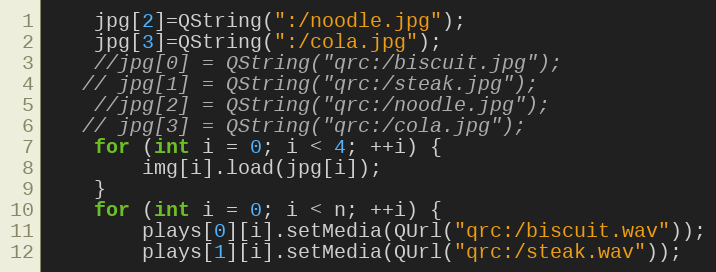
Language: C++
    jpg[2]=QString(":/noodle.jpg");
    jpg[3]=QString(":/cola.jpg");
    //jpg[0] = QString("qrc:/biscuit.jpg");
   // jpg[1] = QString("qrc:/steak.jpg");
    //jpg[2] = QString("qrc:/noodle.jpg");
   // jpg[3] = QString("qrc:/cola.jpg");
    for (int i = 0; i < 4; ++i) {
        img[i].load(jpg[i]);
    }
    for (int i = 0; i < n; ++i) {
        plays[0][i].setMedia(QUrl("qrc:/biscuit.wav"));
        plays[1][i].setMedia(QUrl("qrc:/steak.wav"));